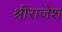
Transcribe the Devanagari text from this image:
श्रीराजेश